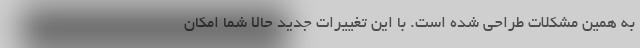
به همین مشکلات طراحی شده است. با این تغییرات جدید حالا شما امکان